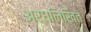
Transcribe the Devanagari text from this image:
अर्धलिखित